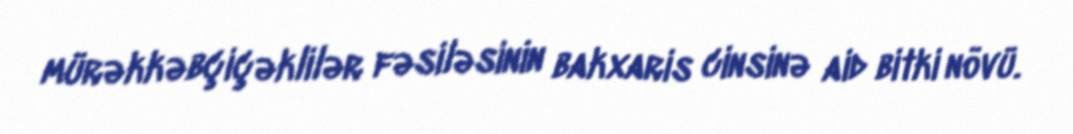
mürəkkəbçiçəklilər fəsiləsinin bakxaris cinsinə aid bitki növü.